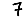
Digit: 7